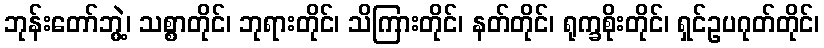
ဘုန်းတော်ဘွဲ့၊ သစ္စာတိုင်၊ ဘုရားတိုင်၊ သိကြားတိုင်၊ နတ်တိုင်၊ ရုက္ခစိုးတိုင်၊ ရှင်ဥပဂုတ်တိုင်၊